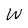
Character: W